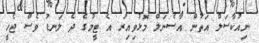
ނިއުކާސަލް އަތުން އާސެނަލް މޮޅުވިއިރު އެ ޓީމުގެ ދެ ލަނޑު ވެސް ޖެހީ